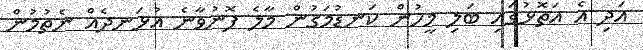
އަދި އެ އަތޮޅުގައި ބަލި މީހުން ކަނޑުމަގުން މާލެ ފޮނުވާނެ އުޅަނދެއް ނެތުމުން